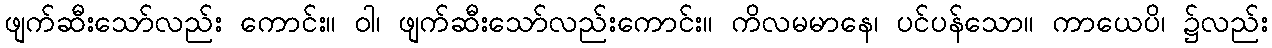
ဖျက်ဆီးသော်လည်း ကောင်း။ ဝါ၊ ဖျက်ဆီးသော်လည်းကောင်း။ ကိလမမာနေ၊ ပင်ပန်သော။ ကာယေပိ၊ ၌လည်း